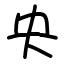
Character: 央